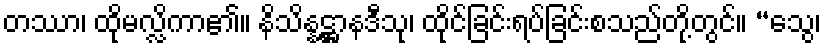
တဿာ၊ ထိုမလ္လိကာ၏။ နိသိန္နဋ္ဌာနဒီသု၊ ထိုင်ခြင်းရပ်ခြင်းစသည်တို့တွင်။ “သွေ၊